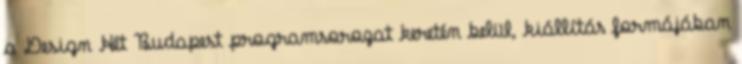
a Design Hét Budapest programsorozat keretén belül, kiállítás formájában